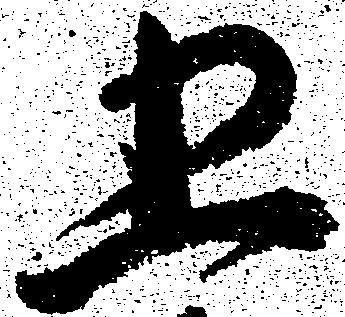
五